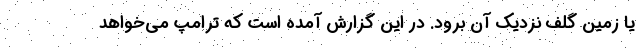
یا زمین گلف نزدیک آن برود. در این گزارش آمده است که ترامپ می‌خواهد